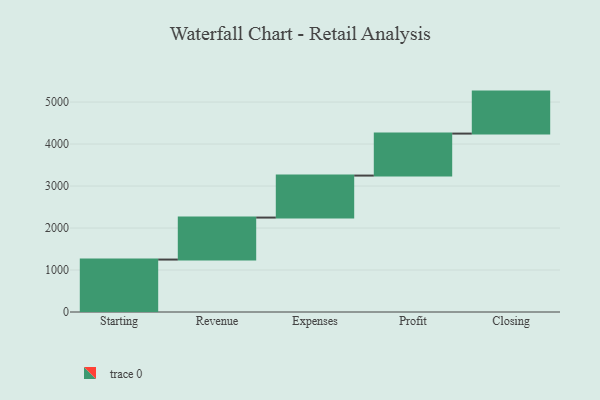
{"axis": {"x": "Step", "y": "Value"}, "legend": [""], "data": [{"x": "Starting", "y": 1249.0, "type": ""}, {"x": "Revenue", "y": 1000, "type": ""}, {"x": "Expenses", "y": 1000, "type": ""}, {"x": "Profit", "y": 1000, "type": ""}, {"x": "Closing", "y": 1000, "type": ""}]}